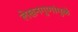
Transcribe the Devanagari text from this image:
लेखनगुणांमुळे